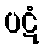
ပဋံ